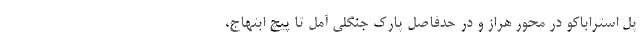
پل استراباکو در محور هراز و در حدفاصل پارک جنگلی آمل تا پیچ ابتهاج،